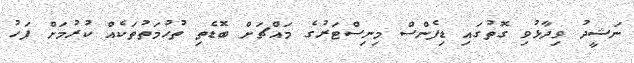
ނަޝީދު ވިދާޅުވި ގޮތުގައި ޑިފެންސް މިނިސްޓަރުގެ މައްޗަށް ބޮޑެތި ތުހުމަތުތަކެއް ކުރުމަށް ފަހު